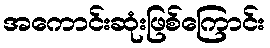
အကောင်းဆုံးဖြစ်ကြောင်း